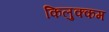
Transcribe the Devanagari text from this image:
किलुक्कम